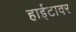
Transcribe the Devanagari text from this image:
हाईटावर